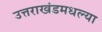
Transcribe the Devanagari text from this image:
उत्तराखंडमधल्या